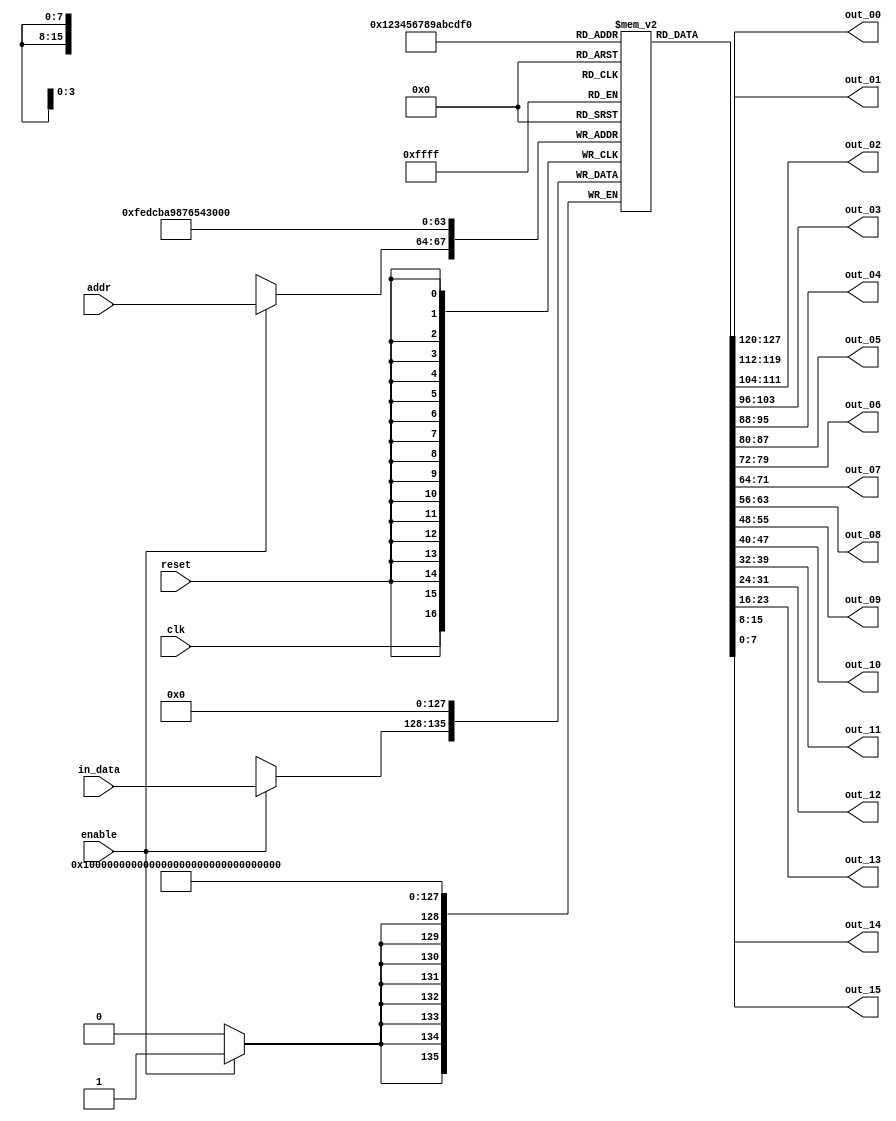
module out_module (
    input clk,
    input reset,
    input enable,
    input [3:0] addr,
    input [7:0] in_data,
    output [7:0] out_00, out_01, out_02, out_03, out_04, out_05, out_06, out_07, out_08, out_09, out_10, out_11, out_12, out_13, out_14, out_15
);
    
    reg [7:0] out [16];

    assign out_00 = out[00];
    assign out_01 = out[01];
    assign out_02 = out[02];
    assign out_03 = out[03];
    assign out_04 = out[04];
    assign out_05 = out[05];
    assign out_06 = out[06];
    assign out_07 = out[07];
    assign out_08 = out[08];
    assign out_09 = out[09];
    assign out_10 = out[10];
    assign out_11 = out[11];
    assign out_12 = out[12];
    assign out_13 = out[13];
    assign out_14 = out[14];
    assign out_15 = out[15];


    always @(posedge clk)
    begin

        if (enable) begin

            out[addr] = in_data;

        end
    end

    always @(posedge reset)
    begin
        if (reset) begin
            out[00] = 8'b00;
            out[01] = 8'b00;
            out[02] = 8'b00;
            out[03] = 8'b00;
            out[04] = 8'b00;
            out[05] = 8'b00;
            out[06] = 8'b00;
            out[07] = 8'b00;
            out[08] = 8'b00;
            out[09] = 8'b00;
            out[10] = 8'b00;
            out[11] = 8'b00;
            out[12] = 8'b00;
            out[13] = 8'b00;
            out[14] = 8'b00;
            out[15] = 8'b00;
        end

    end

endmodule